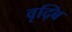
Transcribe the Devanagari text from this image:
वृद्बि